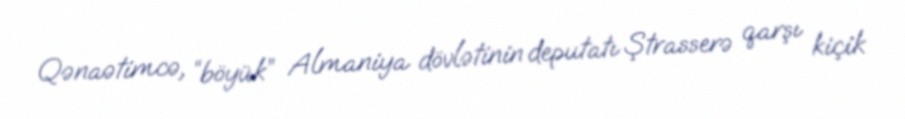
Qənaətimcə, “böyük” Almaniya dövlətinin deputatı Ştrasserə qarşı kiçik